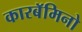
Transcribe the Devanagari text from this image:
कारबॅमिनो